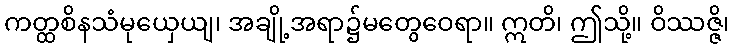
ကတ္ထစိနသံမုယှေယျ၊ အချို့အရာ၌မတွေဝေရာ။ ဣတိ၊ ဤသို့။ ဝိဿဇ္ဇိ၊